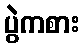
ပွဲကစား